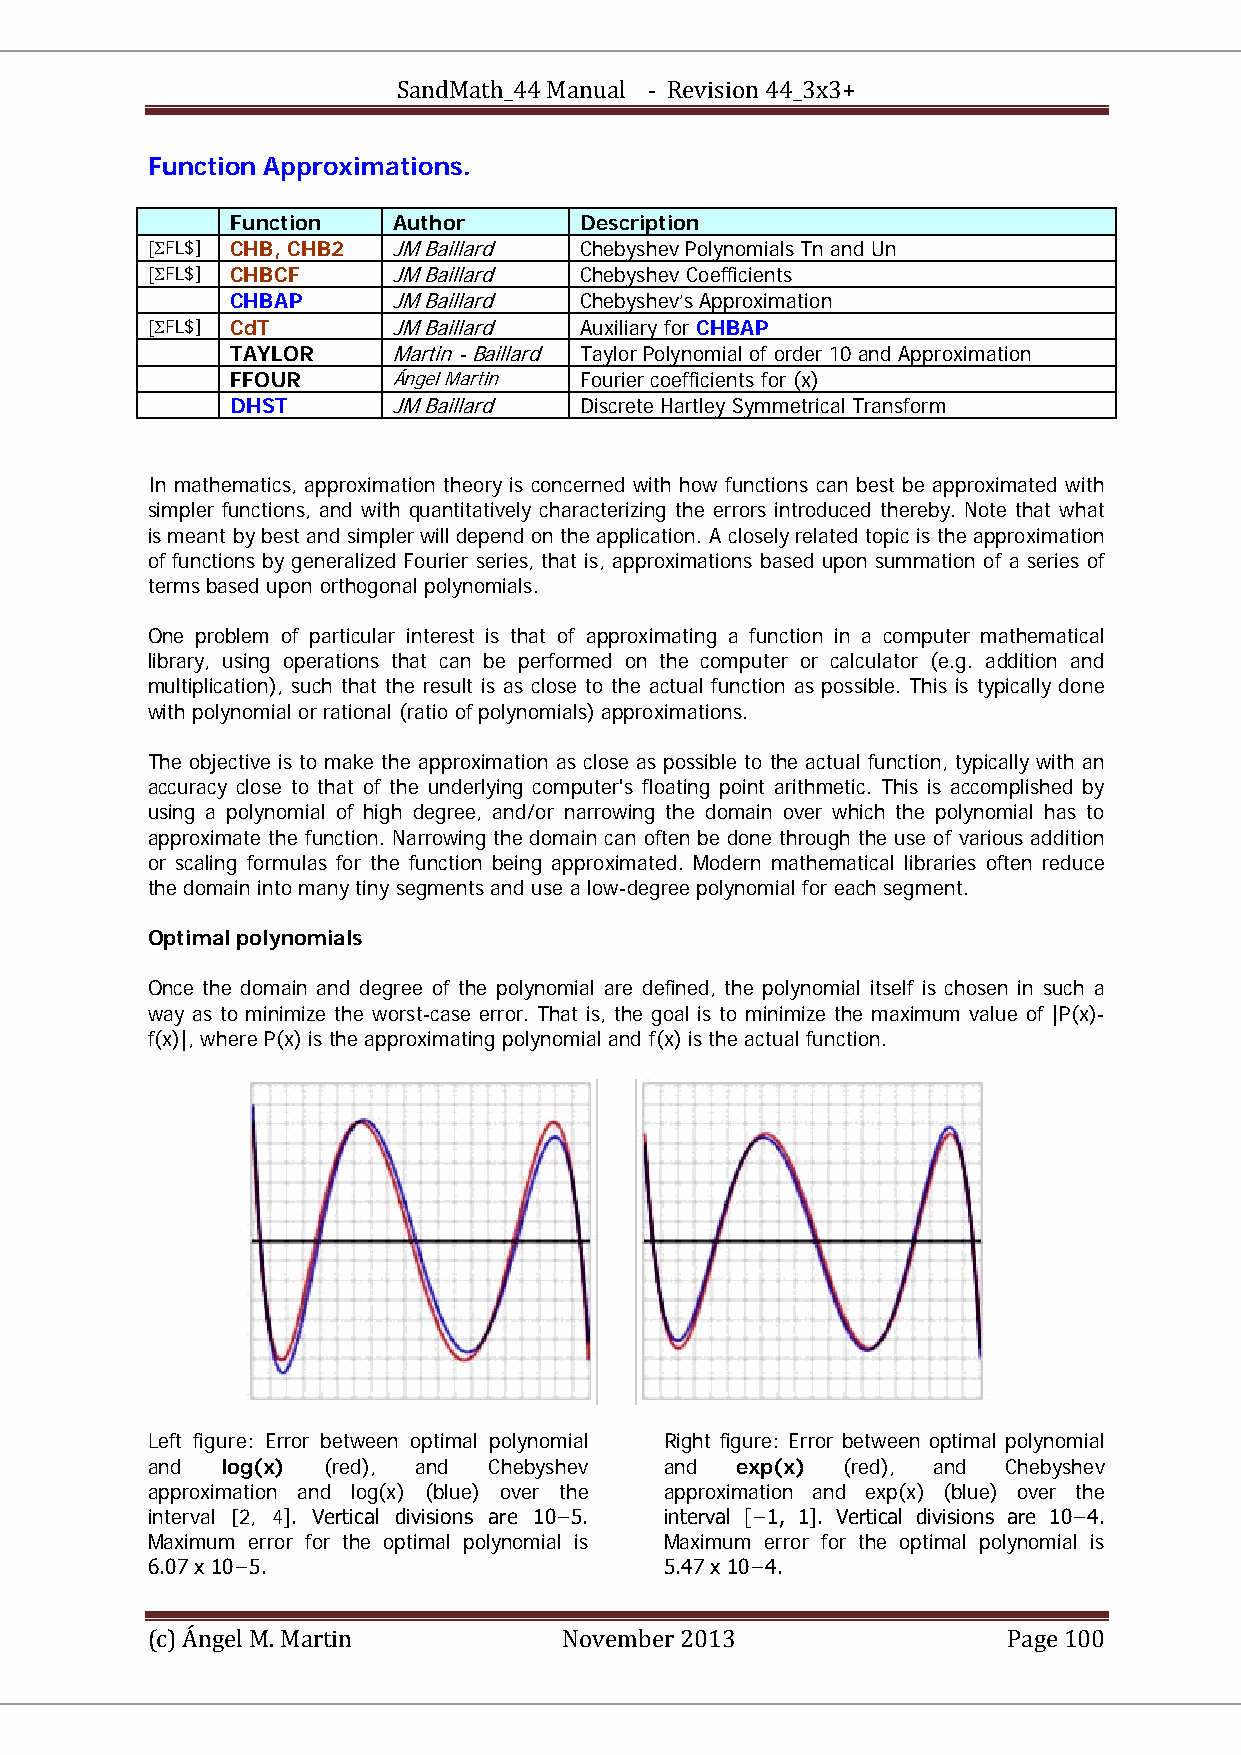
SandMath_44 Manual - Revision 44_3x3+
 Function Approximations.
 Function   Author      Description
 [ΣFL$] CHB, CHB2 JM Baillard Chebyshev Polynomials Tn and Un
 [ΣFL$] CHBCF    JM Baillard Chebyshev Coefficients
 CHBAP      JM Baillard Chebyshev’s Approximation
 [ΣFL$] CdT      JM Baillard Auxiliary for CHBAP
 TAYLOR     Martin - Baillard Taylor Polynomial of order 10 and Approximation
 FFOUR      Ángel Martin Fourier coefficients for (x)
 DHST       JM Baillard Discrete Hartley Symmetrical Transform
 In mathematics, approximation theory is concerned with how functions can best be approximated with
 simpler functions, and with quantitatively characterizing the errors introduced thereby. Note that what
 is meant by best and simpler will depend on the application. A closely related topic is the approximation
 of functions by generalized Fourier series, that is, approximations based upon summation of a series of
 terms based upon orthogonal polynomials.
 One problem of particular interest is that of approximating a function in a computer mathematical
 library, using operations that can be performed on the computer or calculator (e.g. addition and
 multiplication), such that the result is as close to the actual function as possible. This is typically done
 with polynomial or rational (ratio of polynomials) approximations.
 The objective is to make the approximation as close as possible to the actual function, typically with an
 accuracy close to that of the underlying computer's floating point arithmetic. This is accomplished by
 using a polynomial of high degree, and/or narrowing the domain over which the polynomial has to
 approximate the function. Narrowing the domain can often be done through the use of various addition
 or scaling formulas for the function being approximated. Modern mathematical libraries often reduce
 the domain into many tiny segments and use a low-degree polynomial for each segment.
 Optimal polynomials
 Once the domain and degree of the polynomial are defined, the polynomial itself is chosen in such a
 way as to minimize the worst-case error. That is, the goal is to minimize the maximum value of |P(x)-
 f(x)|, where P(x) is the approximating polynomial and f(x) is the actual function.
 Left figure: Error between optimal polynomial Right figure: Error between optimal polynomial
 and  log(x) (red), and Chebyshev  and  exp(x) (red), and Chebyshev
 approximation and log(x) (blue) over the approximation and exp(x) (blue) over the
 interval [2, 4]. Vertical divisions are 10−5. interval [−1, 1]. Vertical divisions are 10−4.
 Maximum error for the optimal polynomial is Maximum error for the optimal polynomial is
 6.07 x 10−5.                      5.47 x 10−4.
 (c) Ángel M. Martin        November 2013                 Page 100